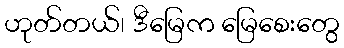
ဟုတ်တယ်၊ ဒီမြေက မြေစေးတွေ